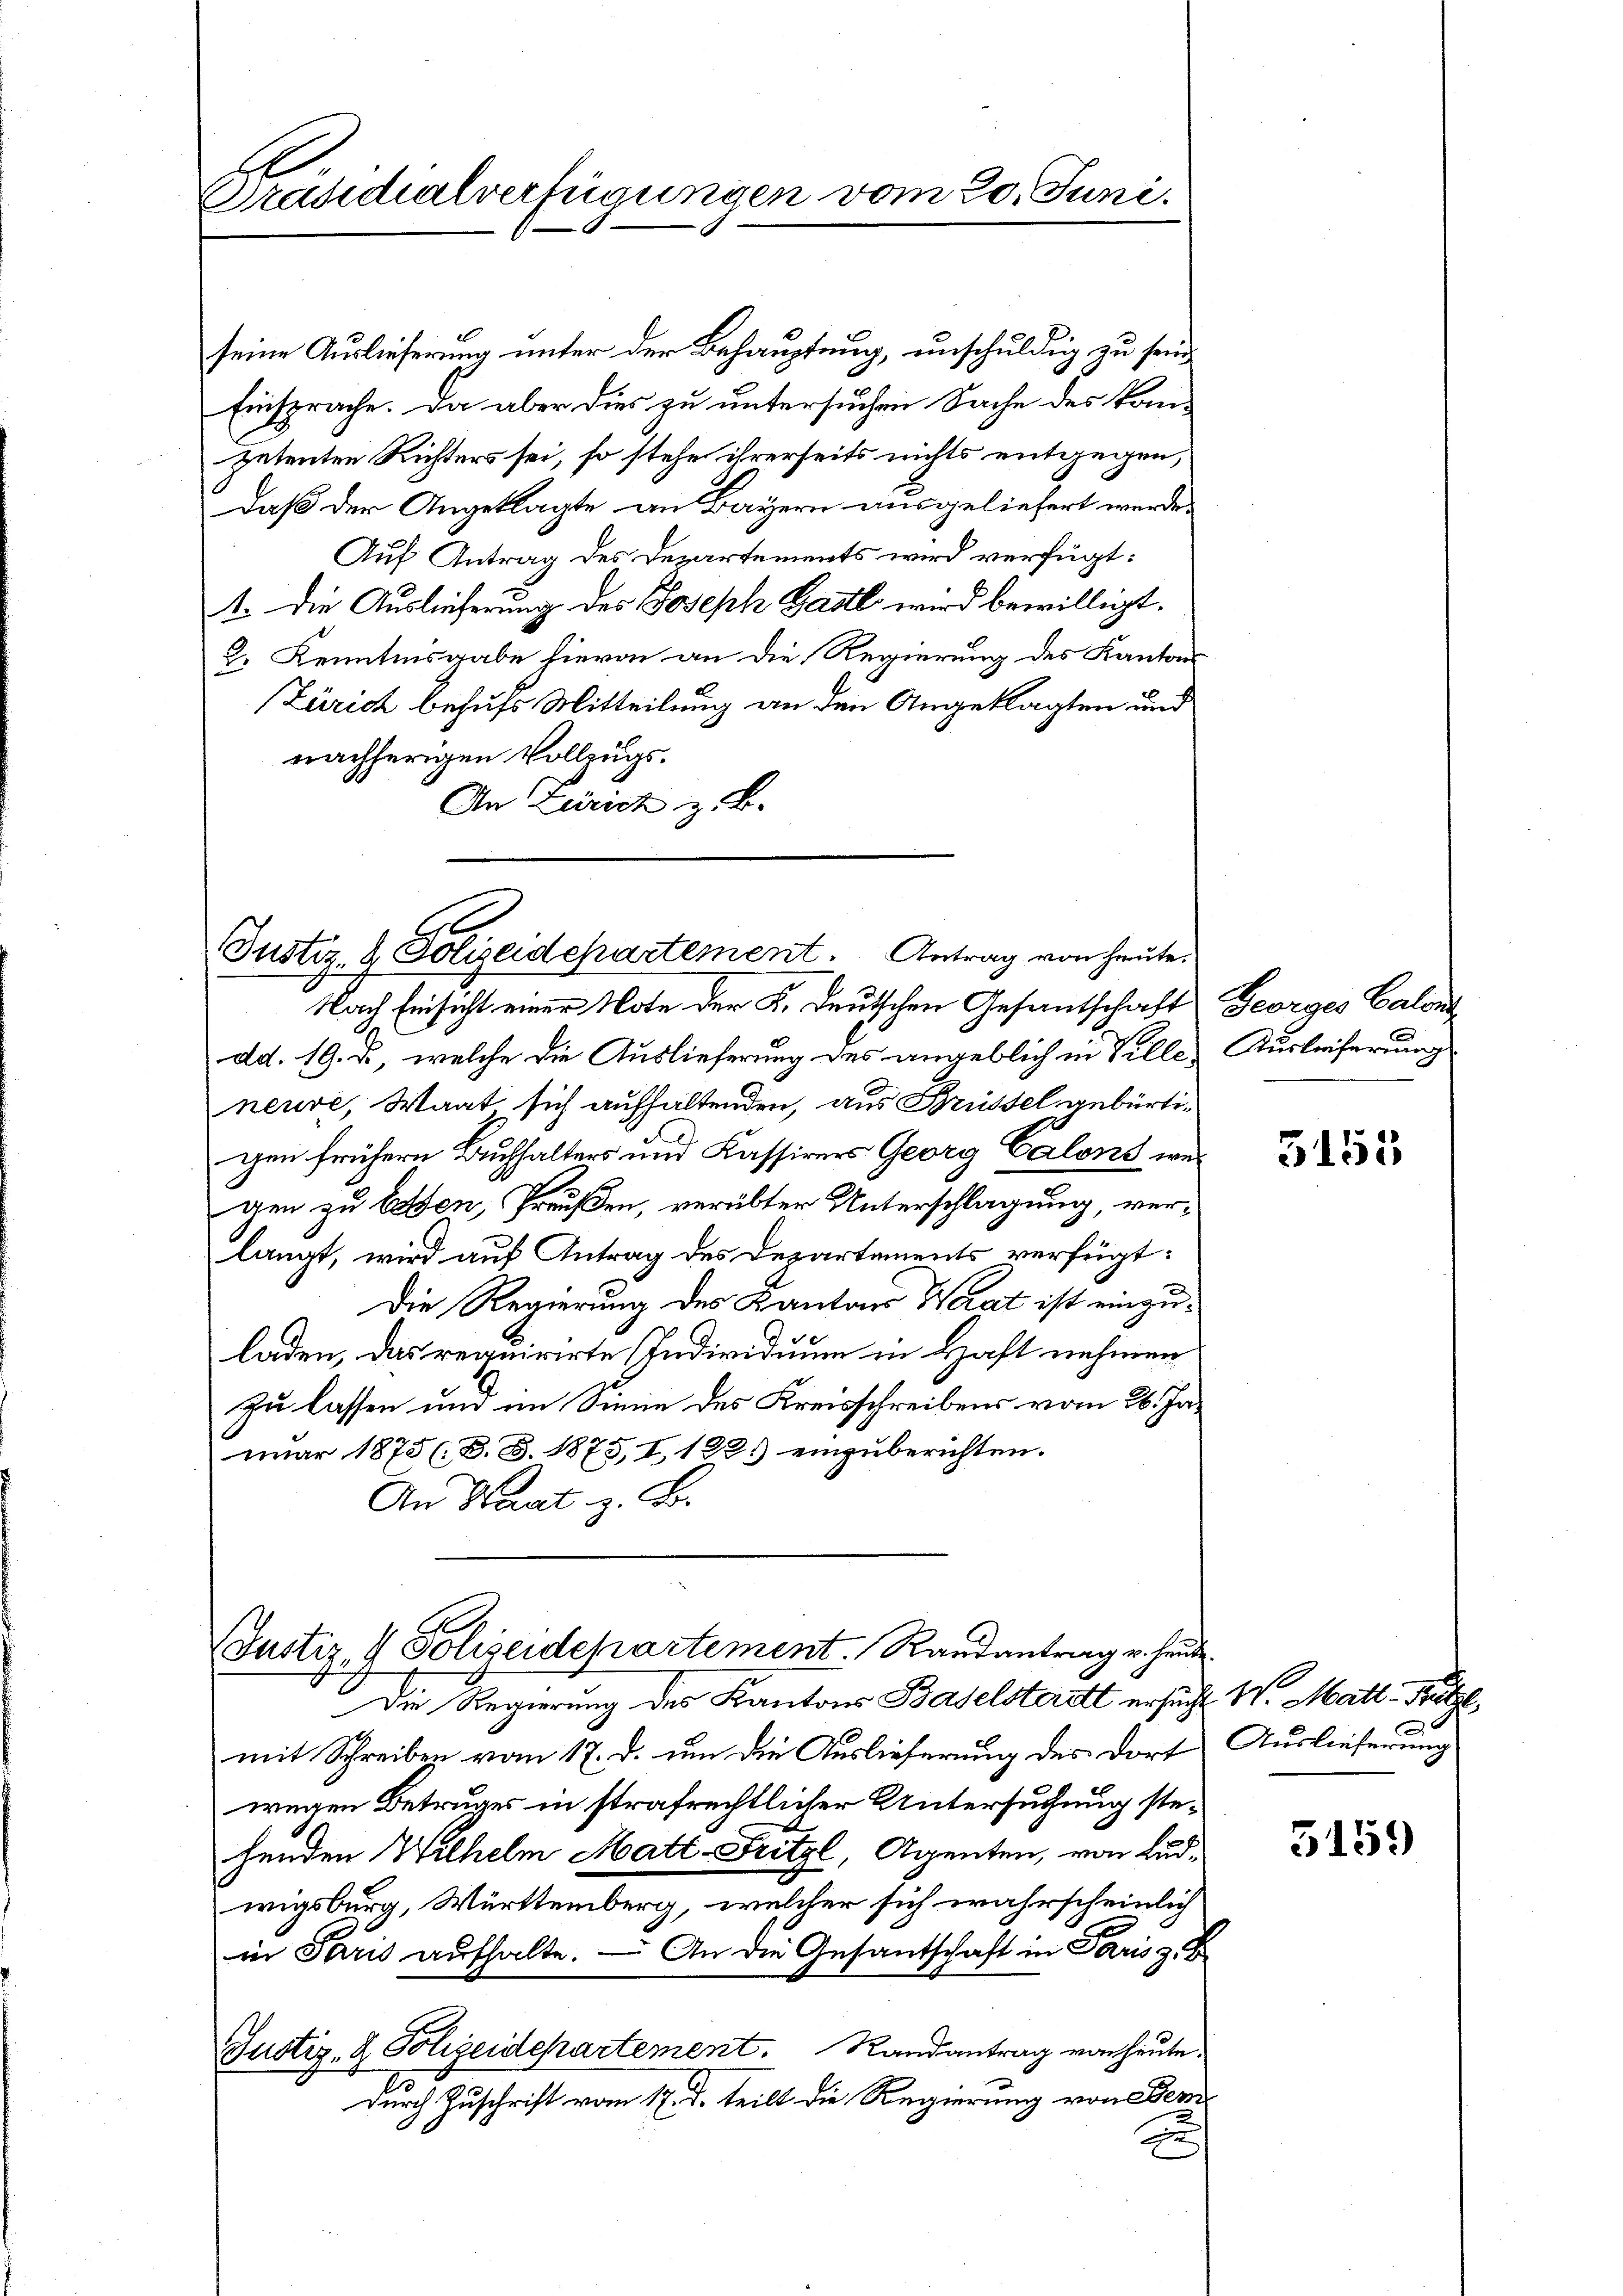
Präsidialverfügungen vom 20. Juni.

seine Auslieferung unter der Behauptung, unschuldig zu seine
Einsprache. Da aber dies zu untersuchen Sache des kom-
petenten Richters sei, so stehe ihrerseits nichts entgegen,
daß der Angeklagte an Bayern ausgeliefert werde.
Auf Antrag des Departements wird verfügt:
t. Die Auslieferung des Joseph Gastl wird bewilligt.
2. Kenntnisgabe hievon an die Regierung des Kantons
Zürich behufs Mitteilung an den Angeklagten und
nachherigen Vollzugs¬
An Zürich z. B.

Justiz- & Polizeidepartement. Antrag von heute

Nach Einsicht einer Note der K. Deutschen Gesantschaft Georges Calon
dd. 19. ds., welche die Auslieferung des angeblich in Ville Ausleiferung
neuve, Wart sich aufhaltenden, aus Brüssel gebürtigen frühern Buchhalters und Kassivers Georg Calons wei
gen zu lassen, Preußen, verübter Unterschlagung, verlangt, wird auf Antrag des Departements verfügt:
Die Regierung des Kantons Werat ist einzuladen, das requirirte Individuum in Haft nehmen
zu lassen und im Sinne des Kreisschreibens vom 26. Januar 1873 (: B. B. 1875, I, 122.) einzuberichten.
An Staat z. B.

Justiz- & Polizeidchartement. Randantrag u. heute.

Die Regierung des Kantons Baselsterett ersucht. W. Matt Fritze,
mit Schreiben vom 17. d. um die Auslieferung des dort Auslieferung
wegen Betruges in strafrechtlicher Untersuchung stehenden Wilhelm Matt-Fritzl, Agenten, von Ludwigsburg, Württemberg, welcher sich wahrscheinlich
in Paris aufhalte. — An die Gesantschaft in Paris z. B
Justiz- & Polizeidepartement. Randantrag von heute.
durch Zuschrift vom 17. d. teilt die Regierung von Bem
E

3155

5159